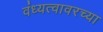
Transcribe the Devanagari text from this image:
वंध्यत्वावरच्या